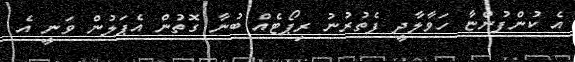
އެ ކުންފުންޏާ ހަވާލާދީ ފެތުރުނު ރިޕޯޓެއް ބުނާ ގޮތުން އެޕަލުން ވަނީ އެ